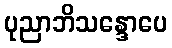
ပုညာဘိသန္ဒောပေ